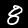
Label: 8